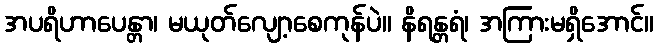
အပရိဟာပေန္တာ၊ မယုတ်လျော့စေကုန်ပဲ။ နိရန္တရံ၊ အကြားမရှိအောင်။